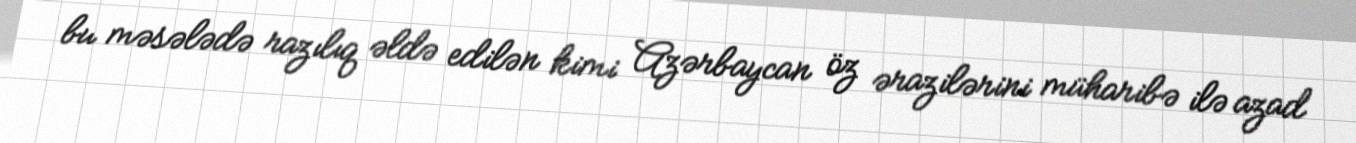
bu məsələdə razılıq əldə edilən kimi Azərbaycan öz ərazilərini müharibə ilə azad